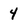
Character: 4